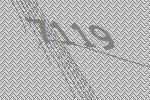
7119